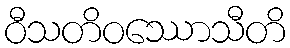
ဝီသတိဝဿောသီတိ